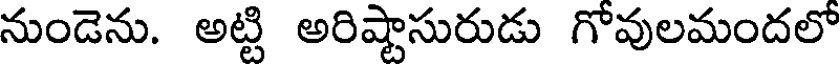
నుండెను. అట్టి అరిష్టాసురుడు గోవులమందలో